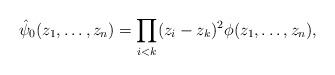
LaTeX: \begin{align*}\hat{\psi}_0(z_1,\ldots,z_n) =\prod_{i<k}(z_i-z_k)^2 \phi(z_1,\ldots,z_n),\end{align*}